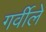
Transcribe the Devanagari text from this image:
गर्वीले